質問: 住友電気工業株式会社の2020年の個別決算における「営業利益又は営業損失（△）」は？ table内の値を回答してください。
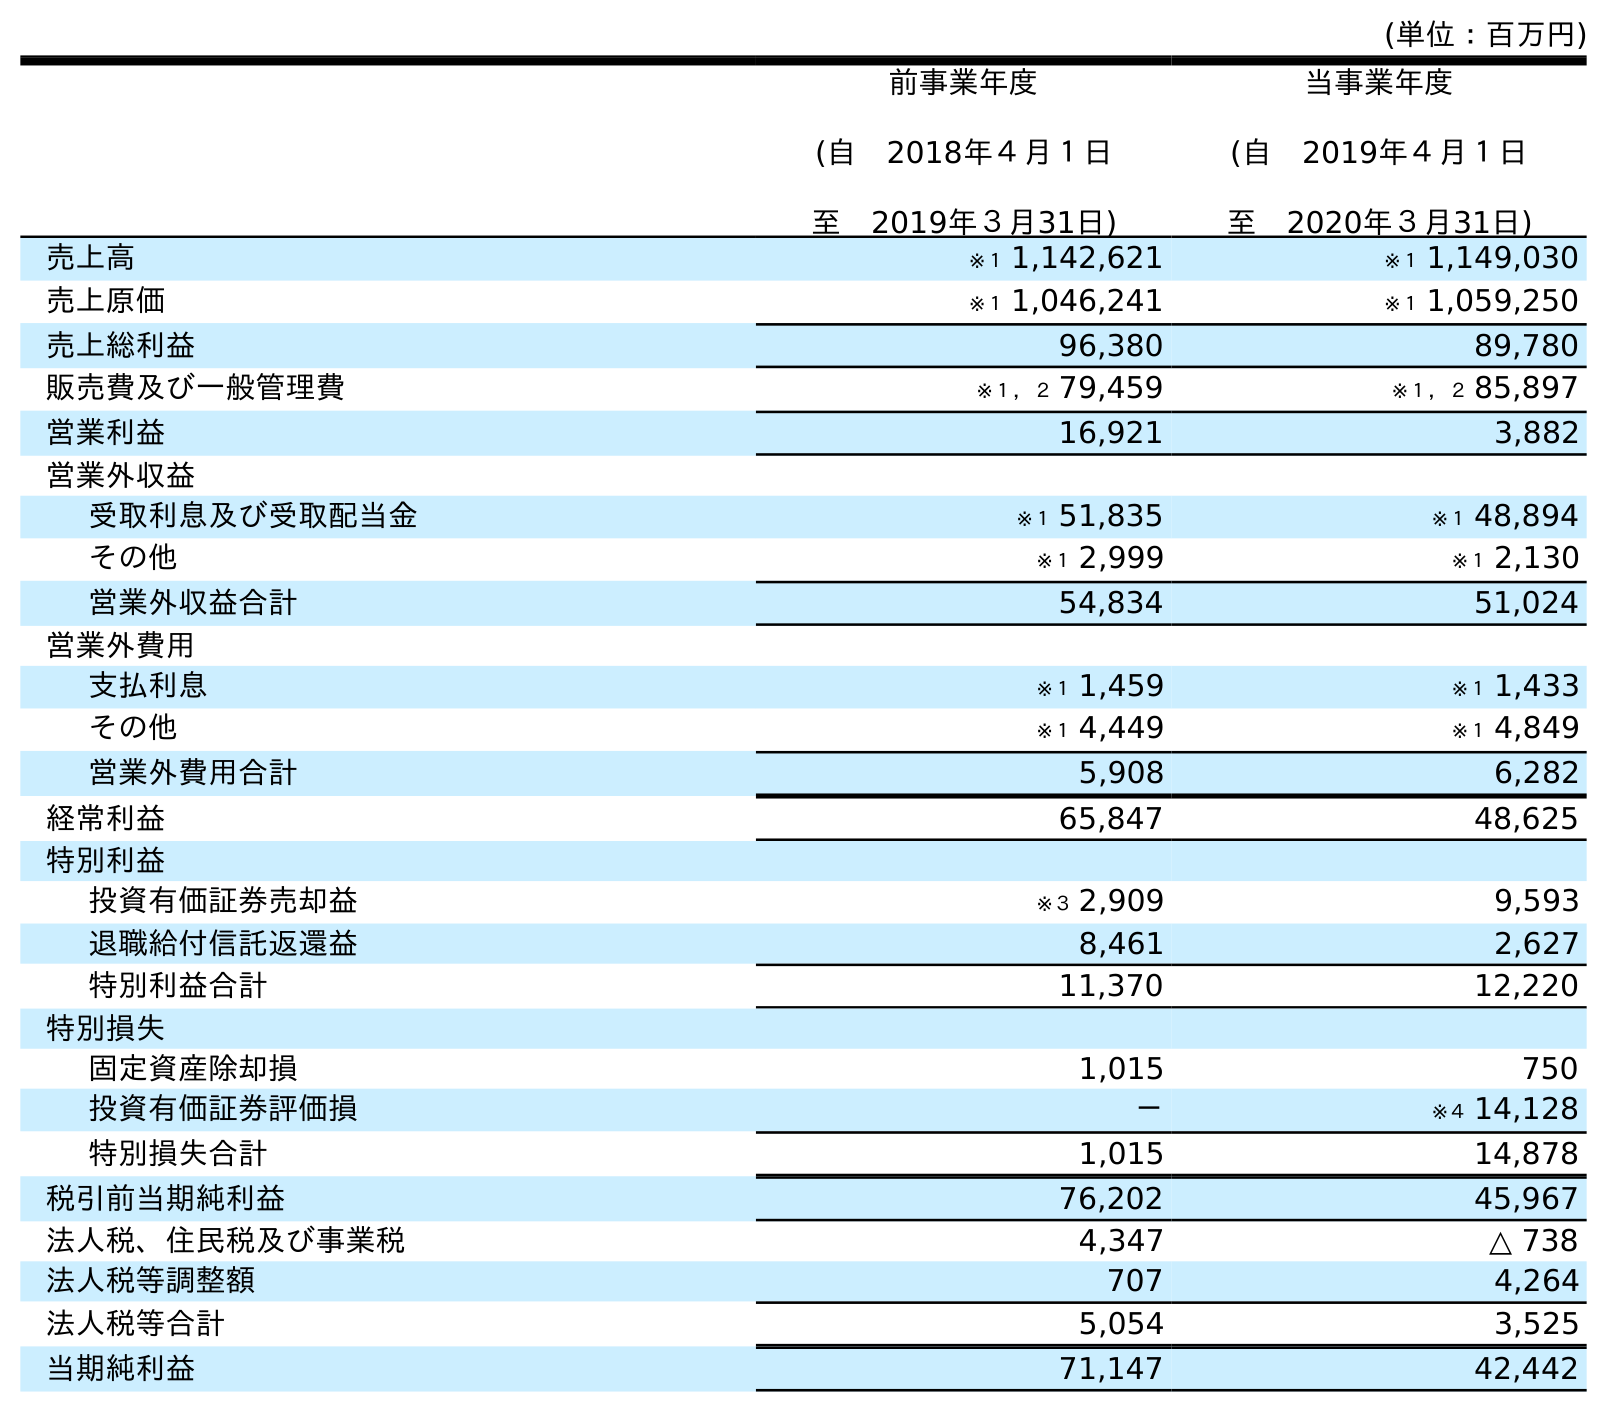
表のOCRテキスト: (単位：百万円) 前事業年度 (自 2018年４月１日 至 2019年３月31日) 当事業年度 (自 2019年４月１日 至 2020年３月31日) 売上高 ※１ 1,142,621 ※１ 1,149,030 売上原価 ※１ 1,046,241 ※１ 1,059,250 売上総利益 96,380 89,780 販売費及び一般管理費 ※１，２ 79,459 ※１，２ 85,897 営業利益 16,921 3,882 営業外収益 受取利息及び受取配当金 ※１ 51,835 ※１ 48,894 その他 ※１ 2,999 ※１ 2,130 営業外収益合計 54,834 51,024 営業外費用 支払利息 ※１ 1,459 ※１ 1,433 その他 ※１ 4,449 ※１ 4,849 営業外費用合計 5,908 6,282 経常利益 65,847 48,625 特別利益 投資有価証券売却益 ※３ 2,909 9,593 退職給付信託返還益 8,461 2,627 特別利益合計 11,370 12,220 特別損失 固定資産除却損 1,015 750 投資有価証券評価損 － ※４ 14,128 特別損失合計 1,015 14,878 税引前当期純利益 76,202 45,967 法人税、住民税及び事業税 4,347 △ 738 法人税等調整額 707 4,264 法人税等合計 5,054 3,525 当期純利益 71,147 42,442
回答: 3,882